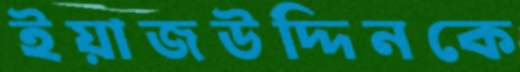
ইয়াজউদ্দিনকে